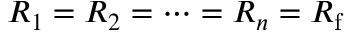
R _ { 1 } = R _ { 2 } = \cdots = R _ { n } = R _ { \mathrm { f } }